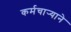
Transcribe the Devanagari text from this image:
कर्मचार्‍याने